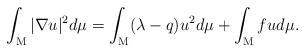
LaTeX: \begin{align*}\int_{\mathrm{M}}|\nabla u|^2d\mu=\int_{\mathrm{M}}(\lambda-q)u^2d\mu +\int_{\mathrm{M}}fud\mu.\end{align*}